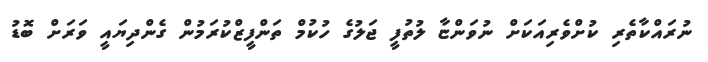
ނުރައްކާތެރި ކުށްވެރިއަކަށް ނުވަންޏާ ލުތުފީ ޖަލުގެ ހުކުމް ތަންފީޒްކުރަމުން ގެންދިޔައީ ވަރަށް ބޮޑު